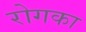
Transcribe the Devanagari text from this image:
रोगका